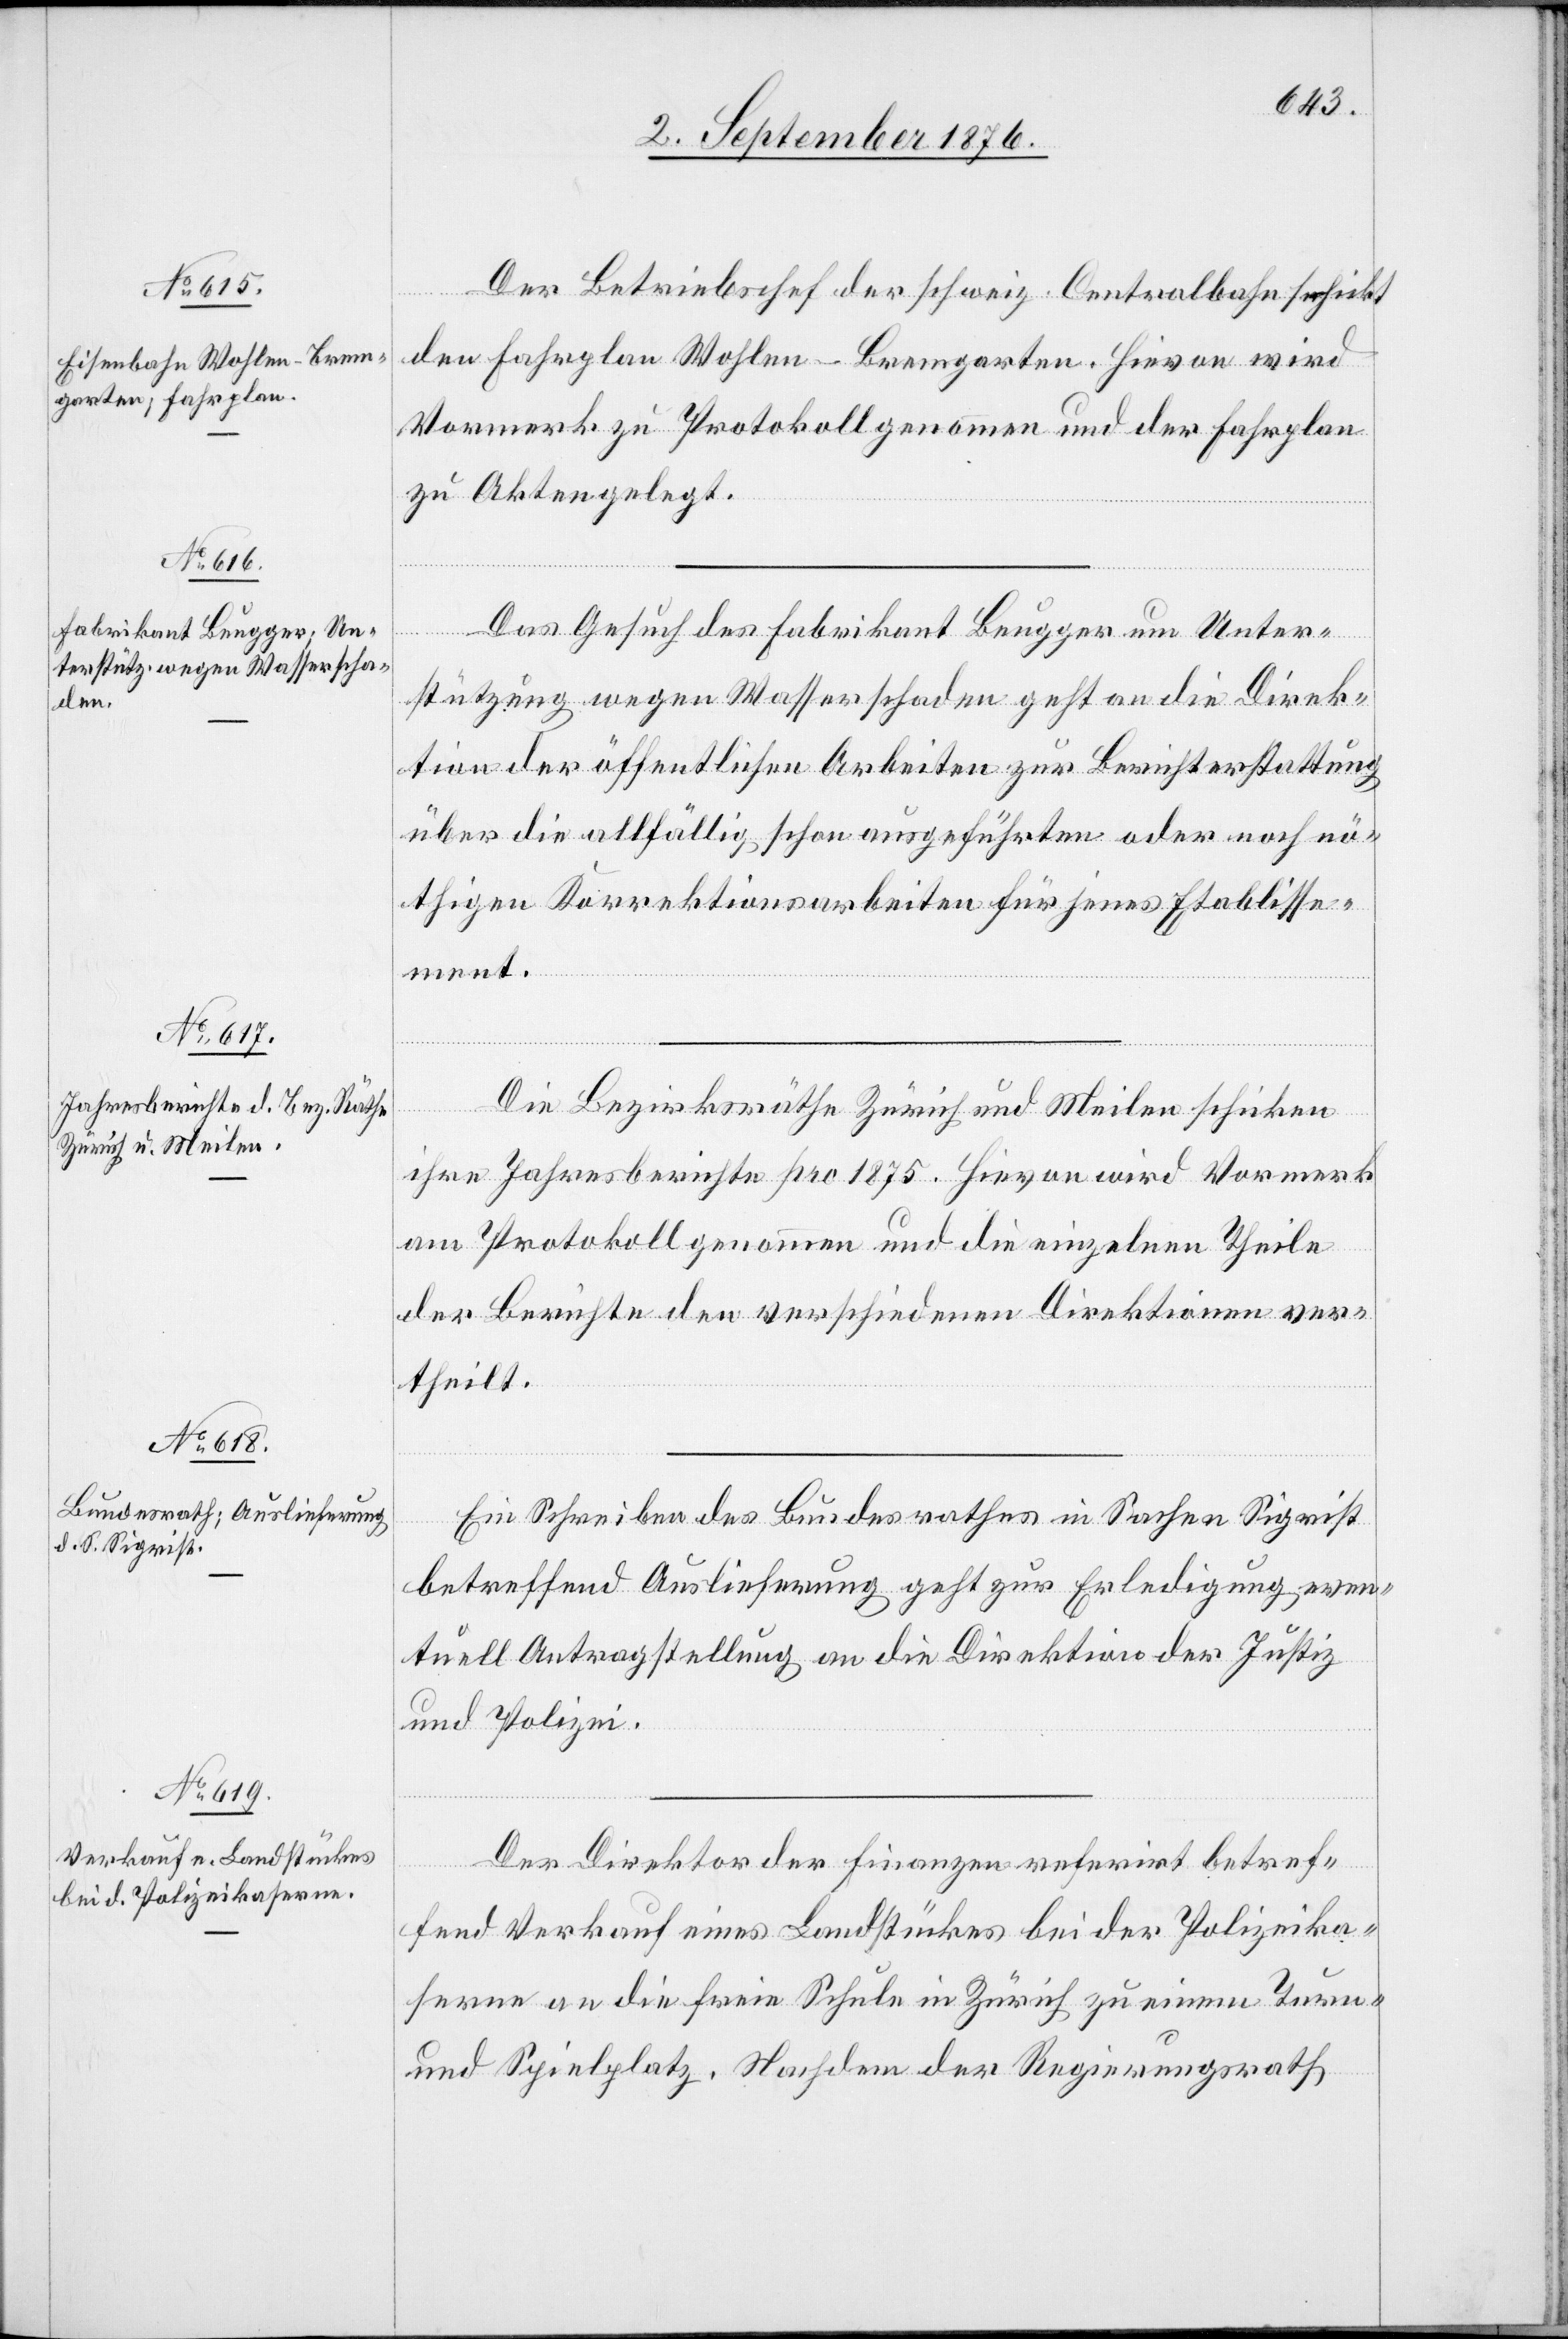
Der Betriebschef der schweiz. Centralbahn schickt
den Fahrplan Wohlen–Bremgarten. Hievon wird
Vormerk zu Protokoll genommen und der Fahrplan
n] Akten gelegt.
Das Gesuch des Fabrikant Beugger um Unter¬
stützung wegen Wasserschaden geht an die Direk¬
tion der öffentlichen Arbeiten zur Berichterstattung
über die allfällig schon ausgeführten oder noch nö¬
thigen Korrektionsarbeiten für jenes Etablisse¬
ment.
Die Bezirksräthe Zürich und Meilen schicken
ihre Jahresberichte pro 1875. Hievon wird Vormerk
am Protokoll genommen und die einzelnen Theile
der Berichte den verschiedenen Direktionen ver¬
theilt.
[de¬
Ein Schreiben des Bundesrathes in Sachen Siegrist
betreffend Auslieferung geht zur Erledigung even¬
tuell Antragstellung an die Direktion der Justiz
und Polizei.
Der Direktor der Finanzen referirt betref¬
fend Verkauf eines Landstückes bei der Polizeika¬
serne an die freie Schule in Zürich zu einem Turn-
und Spielplatz. Nachdem der Regierungsrath